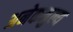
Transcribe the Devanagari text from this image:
अनेकमुल्य